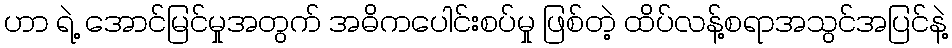
ဟာ ရဲ့ အောင်မြင်မှုအတွက် အဓိကပေါင်းစပ်မှု ဖြစ်တဲ့ ထိပ်လန့်စရာအသွင်အပြင်နဲ့